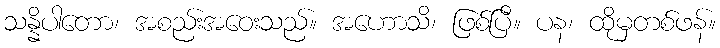
သန္နိပါတော၊ အစည်းအဝေးသည်။ အဟောသိ၊ ဖြစ်ပြီ။ ပန၊ ထိုမှတစ်ဖန်။